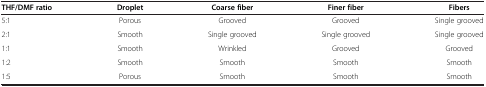
<table><thead><tr><td><b>THF/DMF ratio</b></td><td><b>Droplet</b></td><td><b>Coarse fiber</b></td><td><b>Finer fiber</b></td><td><b>Fibers</b></td></tr></thead><tbody><tr><td>5:1</td><td>Porous</td><td>Grooved</td><td>Grooved</td><td>Single grooved</td></tr><tr><td>2:1</td><td>Smooth</td><td>Single grooved</td><td>Single grooved</td><td>Single grooved</td></tr><tr><td>1:1</td><td>Smooth</td><td>Wrinkled</td><td>Grooved</td><td>Grooved</td></tr><tr><td>1:2</td><td>Smooth</td><td>Smooth</td><td>Smooth</td><td>Smooth</td></tr><tr><td>1:5</td><td>Porous</td><td>Smooth</td><td>Smooth</td><td>Smooth</td></tr></tbody></table>